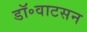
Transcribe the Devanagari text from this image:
डॉ॰वाटसन